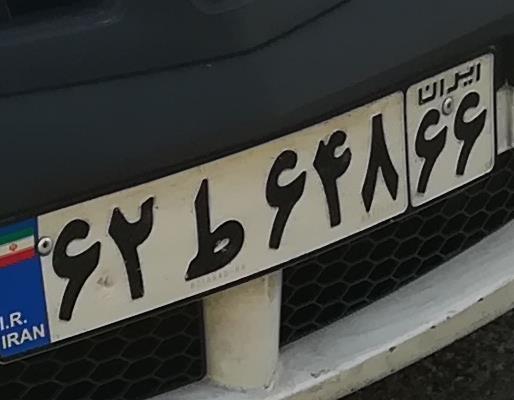
۶۲ط۶۴۸۶۶